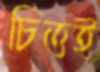
চিত্তই